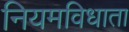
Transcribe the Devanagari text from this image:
नियमविधाता